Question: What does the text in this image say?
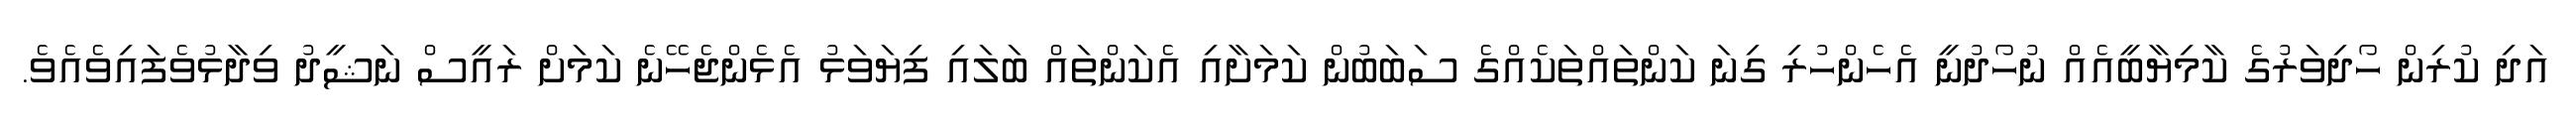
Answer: އަދި ކުރިން ހޯދިވަރުގެ ކާމިޔާބީއެއް ނުހޯދުނީ އެހެންހުރި ގިނަ ކަންތައްތަކެއްގެ ސަބަބުން ކަމަށާއި އެކަންތައް ބަލައި ފިޔަވަޅު އެޅެންޖެހޭނެ ކަމަށް ރައީސް ނަޝީދު ވިދާޅުވެފައިވެއެވެ.